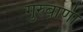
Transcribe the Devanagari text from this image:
गुरुबाणी